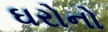
ઘરોનો